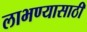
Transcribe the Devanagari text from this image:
लाभण्यासाठी